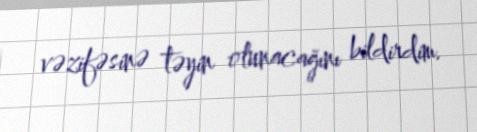
vəzifəsinə təyin olunacağını bildirdim.